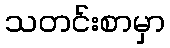
သတင်းစာမှာ